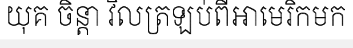
យុគ ចិន្តា វិលត្រឡប់ពីអាមេរិកមក